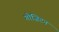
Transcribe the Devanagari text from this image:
गोज़िटन